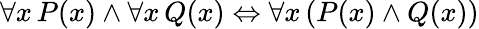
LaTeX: \forall x\, P(x)\land\forall x\, Q(x)\Leftrightarrow\forall x\, (P(x)\land Q(x))